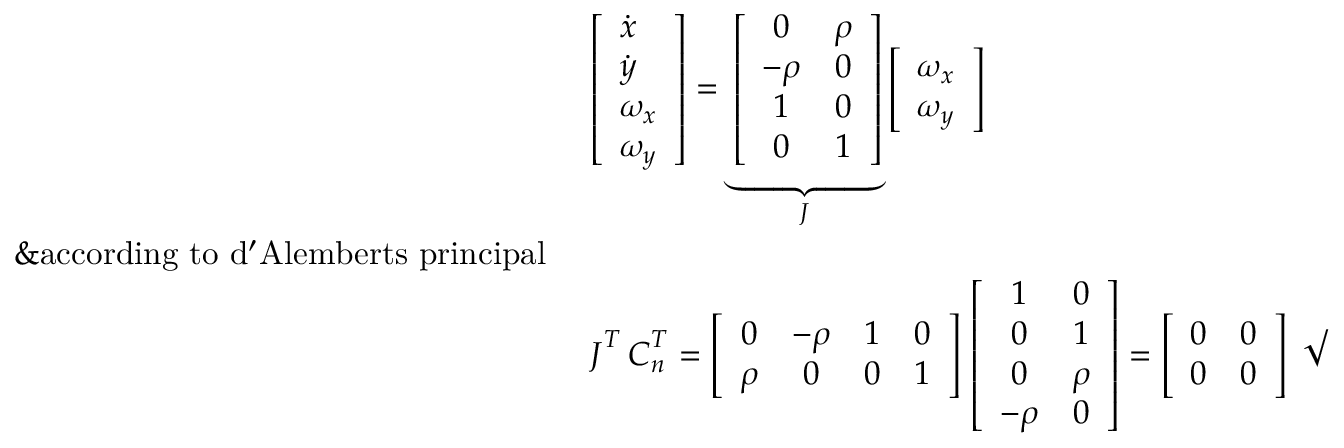
\begin{array} { r l } & { \left[ \begin{array} { l } { \dot { x } } \\ { \dot { y } } \\ { \omega _ { x } } \\ { \omega _ { y } } \end{array} \right] = \underbrace { \left[ \begin{array} { c c } { 0 } & { \rho } \\ { - \rho } & { 0 } \\ { 1 } & { 0 } \\ { 0 } & { 1 } \end{array} \right] } _ { \boldsymbol J } \left[ \begin{array} { l } { \omega _ { x } } \\ { \omega _ { y } } \end{array} \right] } \\ { \& \mathrm { a c c o r d i n g ~ t o ~ d ' A l e m b e r t s ~ p r i n c i p a l ~ } } \\ & { \boldsymbol J ^ { T } \, \boldsymbol C _ { n } ^ { T } = \left[ \begin{array} { c c c c } { 0 } & { - \rho } & { 1 } & { 0 } \\ { \rho } & { 0 } & { 0 } & { 1 } \end{array} \right] \, \left[ \begin{array} { c c } { 1 } & { 0 } \\ { 0 } & { 1 } \\ { 0 } & { \rho } \\ { - \rho } & { 0 } \end{array} \right] = \left[ \begin{array} { c c } { 0 } & { 0 } \\ { 0 } & { 0 } \end{array} \right] ~ \surd } \end{array}